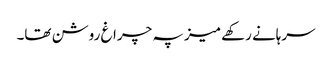
سرہانے رکھے میز پہ چراغ روشن تھا۔